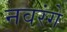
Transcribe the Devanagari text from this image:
नवरंगे